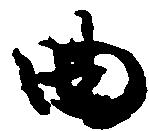
曲